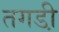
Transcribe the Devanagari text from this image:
तगडी़